Burma Government Medical School reports 1923-41
Year: 1923
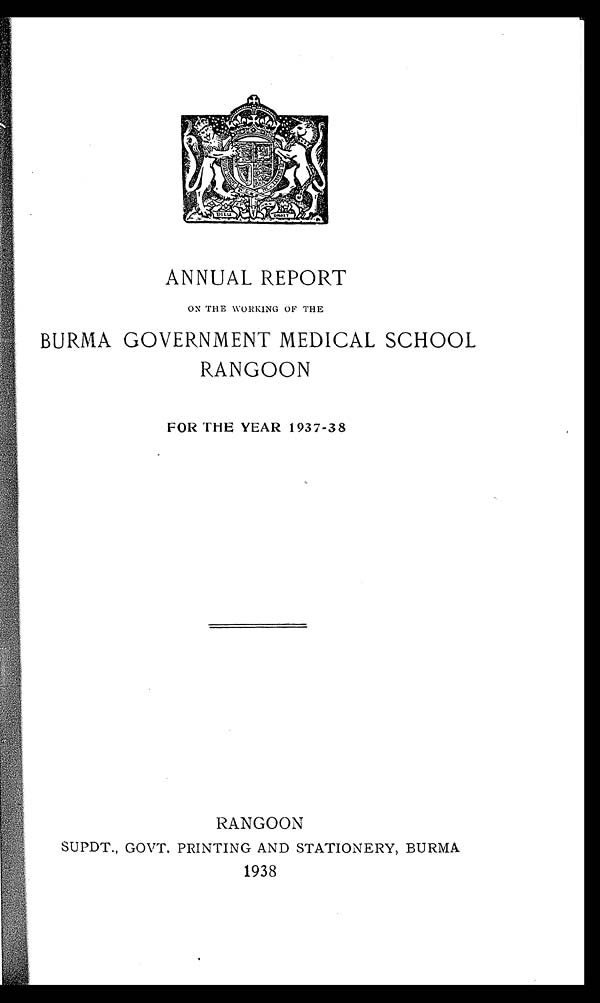
ANNUAL REPORT
ON THE WORKING OF THE
BURMA GOVERNMENT MEDICAL SCHOOL.
RANGOON
FOR THE YEAR 1937-38
RANGOON
SUPDT., GOVT. PRINTING AND STATIONERY, BURMA
1938